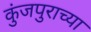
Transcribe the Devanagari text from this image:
कुंजपुराच्या